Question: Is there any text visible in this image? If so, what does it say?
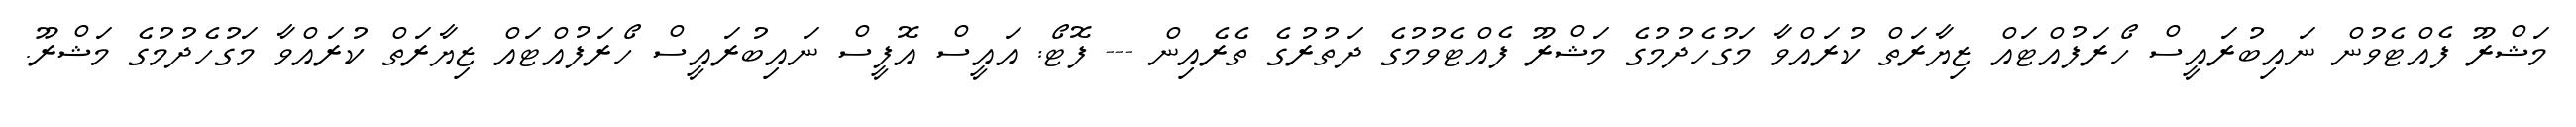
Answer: މަޝްރޫ ފެއްޓެވުން ނައިބުރައީސް ހޯރަފުއްޓައް ޒިޔާރަތް ކުރައްވާ މަގުހެދުމުގެ މަޝްރޫ ފެއްޓެވުމުގެ ދަތުރުގެ ތެރެއިން --- ފޮޓޯ: އައީސް އޮފީސް ނައިބުރައީސް ހޯރަފުއްޓައް ޒިޔާރަތް ކުރައްވާ މަގުހެދުމުގެ މަޝްރޫ.